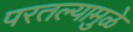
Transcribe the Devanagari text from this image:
परतल्यामुळे